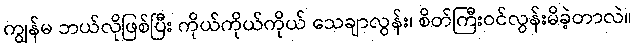
ကျွန်မ ဘယ်လိုဖြစ်ပြီး ကိုယ်ကိုယ်ကိုယ် သေချာလွန်း၊ စိတ်ကြီးဝင်လွန်းမိခဲ့တာလဲ။